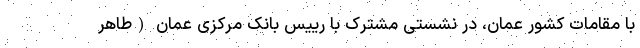
با مقامات کشور عمان، در نشستی مشترک با رییس بانک مرکزی عمان (طاهر